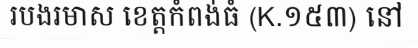
របងរមាស ខេត្តកំពង់ធំ (K.១៥៣) នៅ